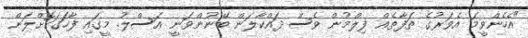
"އެހެންވީމަ އެވަރުގެ ތަފާތެއް ފިލްމުން ވެސް ދައްކާލަން ބޭނުންވަނީ އަސްލު. މީގައި ފާހަގަކޮށްލަން